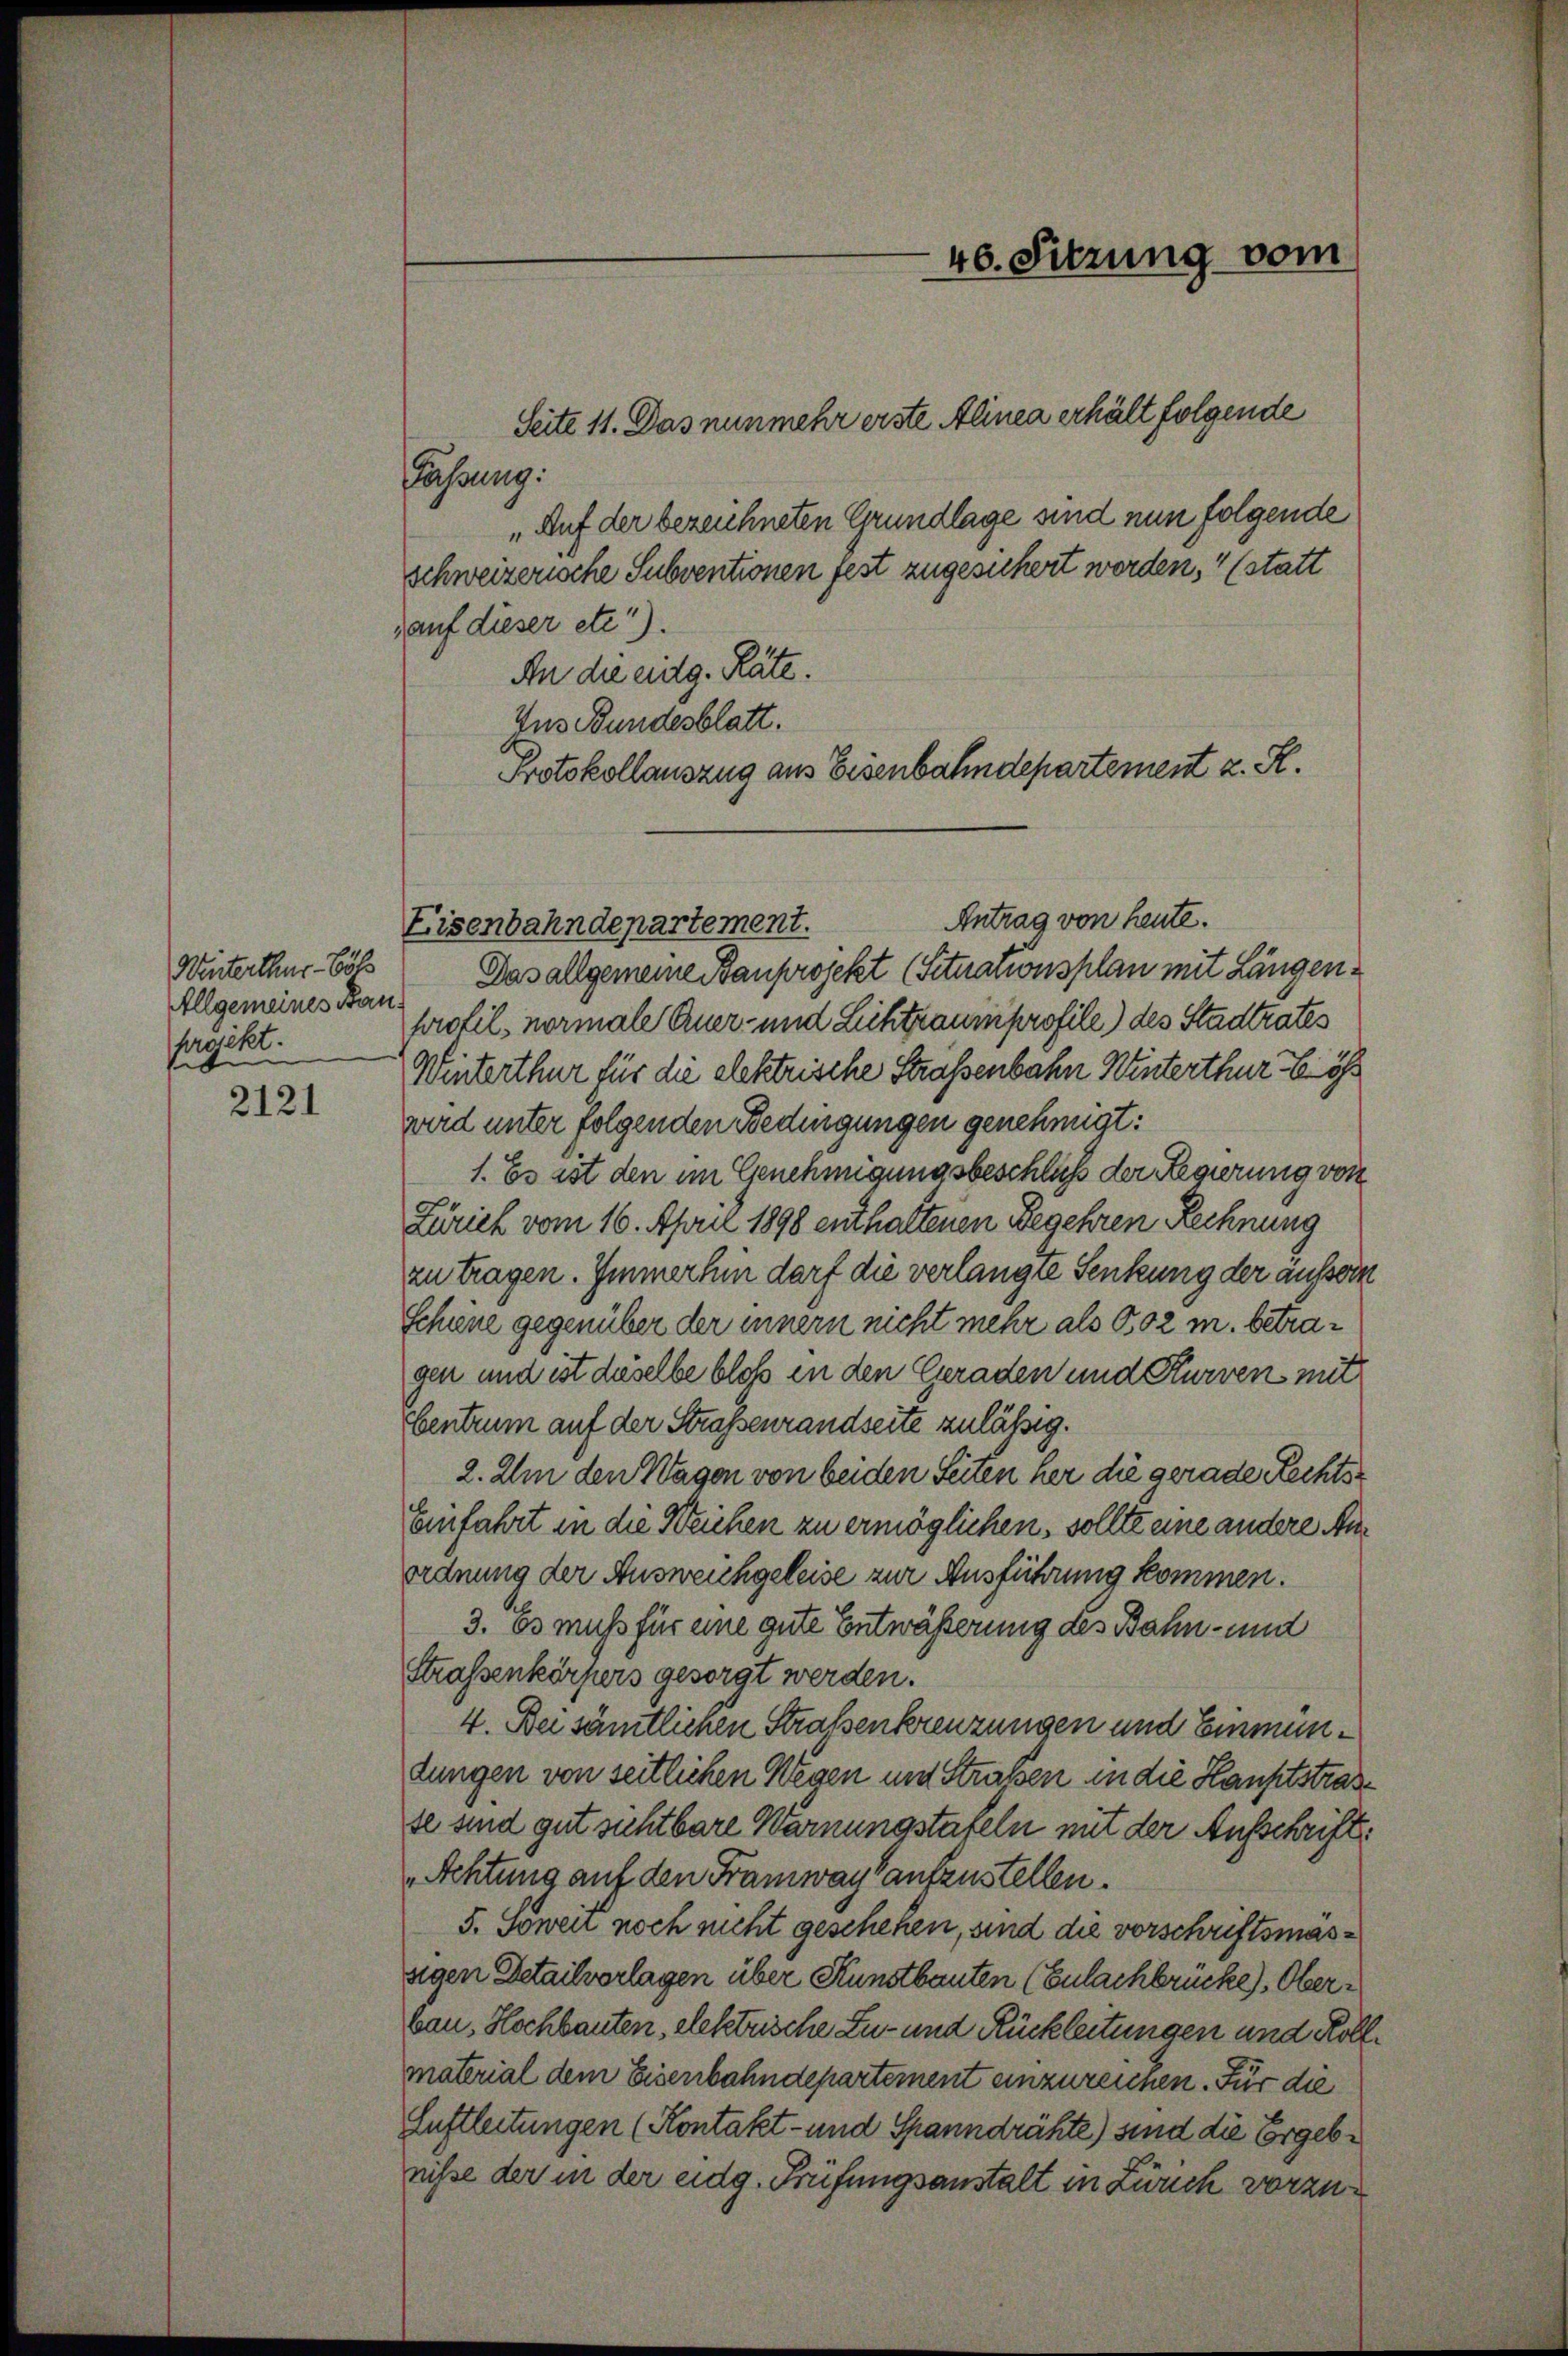
Winterthur völ
Allgemeines Ban
hrgikt.
t

2121

Seite 11. Das nunmehr erste Alinea erhält folgende
Fassung.
„Auf der bezeichneten Grundlage sind nun folgende
schweizerische Subventionen fest zugesichert werden, (statt
,auf dieser etc.).
An die eidg. Räte.
Ius Bundesblatt.
Antrag von heute.
Eisenbahndepartement.
Das allgemeine Bauprojekt (Situationsplan mit Längen
profil, normale Auer- und Lichtraumprofile) des Stadtrates
Winterthur für die elektrische Straßenbahn Winterthur
wird unter folgenden Bedingungen genehmigt:
1. Es ist den im Genehmigungsbeschluß der Regierung von
Zürich vom 16. April 1898 enthaltenen Begehren Rechnung
zu tragen. Immerhin darf die verlangte Senkung der aussern
Schiene gegenüber der innern nicht mehr als O,02 m. betragen und ist daselbe bloß in den Geraden und Kurven mit
Centrum auf der Straßenrandseite zulässig.
2. Um den Wagen von beiden Seiten her die gerade Rechts¬
Einfahrt in die Weichen zu ermöglichen, sollte eine andere Anordnung der Ausweichgeleise zur Ausführung kommen.
3. Es muss für eine gute Entwäßerung des Bahn- und
Straßenkörpers gesorgt werden.
4. Bei sämtlichen Straßenkreuzungen und Einmündungen von seitlichen Wegen um Straßen in die Hauptstrasse sind gut sichtbare Warnungstafeln mit der Ausschrift
Achtung auf den Framway aufzustellen.
5. Sowen noch nicht geschehen, sind die vorschriftsmassigen Detailvorlagen über Kunstbauten (Eulachbrücke). Oberbau, Hochbauten, elektrische Zu- und Rückleitungen und Kollmaterial dem Eisenbahndepartement einzureihen. Für die
Luftleitungen (Kontakt- und Spanndrähte) sind die Ergebnisse der in der eidg. Prüfungsanstalt in Zürich vorzu¬

40. Sitzung vom

Protokollauszug aus Eisenbahndepartement z. R.